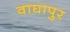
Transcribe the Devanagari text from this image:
वाघापुर